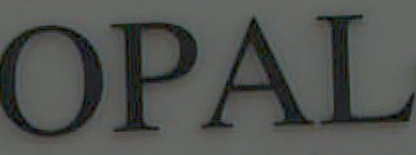
OPAL